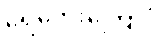
ရေဘေးကြောင့်